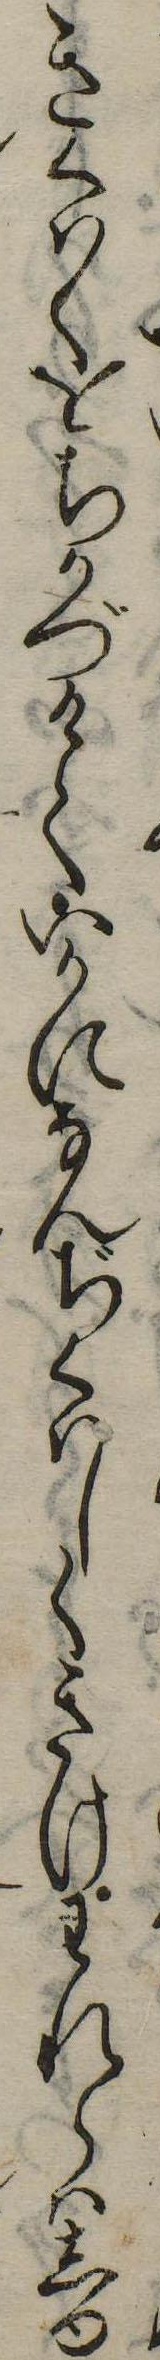
きくはくをちかづけていかになんぢくはしくきけわれらはしゆ